Annual report of the Punjab Veterinary College and of the Civil Veterinary Department, Punjab - 1894-1908
Year: 1894
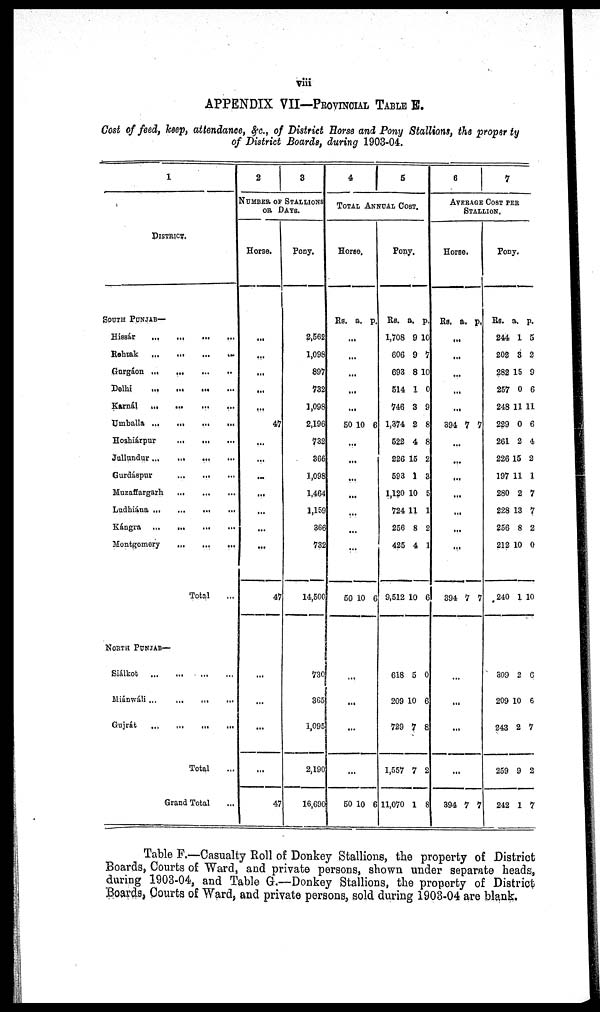
viii
APPENDIX VII—PROVINCIAL TABLE E.
Cost of feed, keep, attendance, &c., of District Horse and Pony Stallions, the property
of District Boards, during 1903-04.
1
District.
South Punjab—
Hissár
...
...
...
...
Rohtak ... ... ... ... ...
Gurgáon ... ... ... ... ...
Delhi
...
...
...
...
Karnál
...
...
...
...
Umballa ...
...
...
...
Hoshiárpur
...
... ...
Jullundur
... ... ... ...
Gurdáspur ... ... ... ...
Muzaffargarh ... ... ... ...
Ludhiána ...
...
...
...
...
Kángra
...
...
...
...
Montgomery
...
...
...
Total ...
North Punjab—
Siálkot ... ... ... ...
Miánwáli ... ... ... ...
Gujrát
...
...
...
...
Total ...
Grand Total ...
2
3
NUMBER OF STALLIONS
OR
DAYS.
Horse.
...
...
...
...
...
47
...
...
...
...
...
...
...
47
...
...
...
...
47
Pony.
2,562
1,098
897
732
1,098
2,196
732
366
1,098
1,464
1,159
366
732
14,500
730
365
1,095
2,190
16,690
4
5
TOTAL ANNUAL COST .
Horse.
Rs. a. p.
...
...
...
...
...
50 10 6
...
...
...
...
...
...
...
50 10 6
...
...
...
...
50 10 6
Pony.
Rs.
1,708
606
693
514
746
1,374
522
226
593
1,120
724
256
425
9,512
618
209
729
1,557
11,070
a.
9
9
8
1
3
2
4
15
1
10
11
8
4
10
5
10
7
7
1
p.
10
7
10
0
9
8
8
2
3
5
1
2
1
6
0
6
8
2
8
6
7
AVERAGE COST PER
STALLION.
Horse.
Rs. a. p.
...
...
...
...
...
394 7 7
...
...
...
...
...
...
...
394 4 7 7
...
...
...
...
394 7 7
Pony.
Rs.
244
202
282
257
248
229
261
226
197
280
228
256
212
240
309
209
243
259
242
a.
1
3
15
0
11
0
2
15
11
2
13
8
10
1
2
10
2
9
1
p.
5
2
9
6
11
6
4
2
1
7
7
2
0
10
6
6
7
2
7
Table F.—Casualty Roll of Donkey Stallions, the property of District
Boards, Courts of Ward, and private persons, shown under separate heads,
during 1903-04, and Table G.—Donkey Stallions, the property of District
Boards, Courts of Ward, and private persons, sold during 1903-04 are blank.